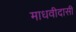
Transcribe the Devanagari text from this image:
माधवीदासी